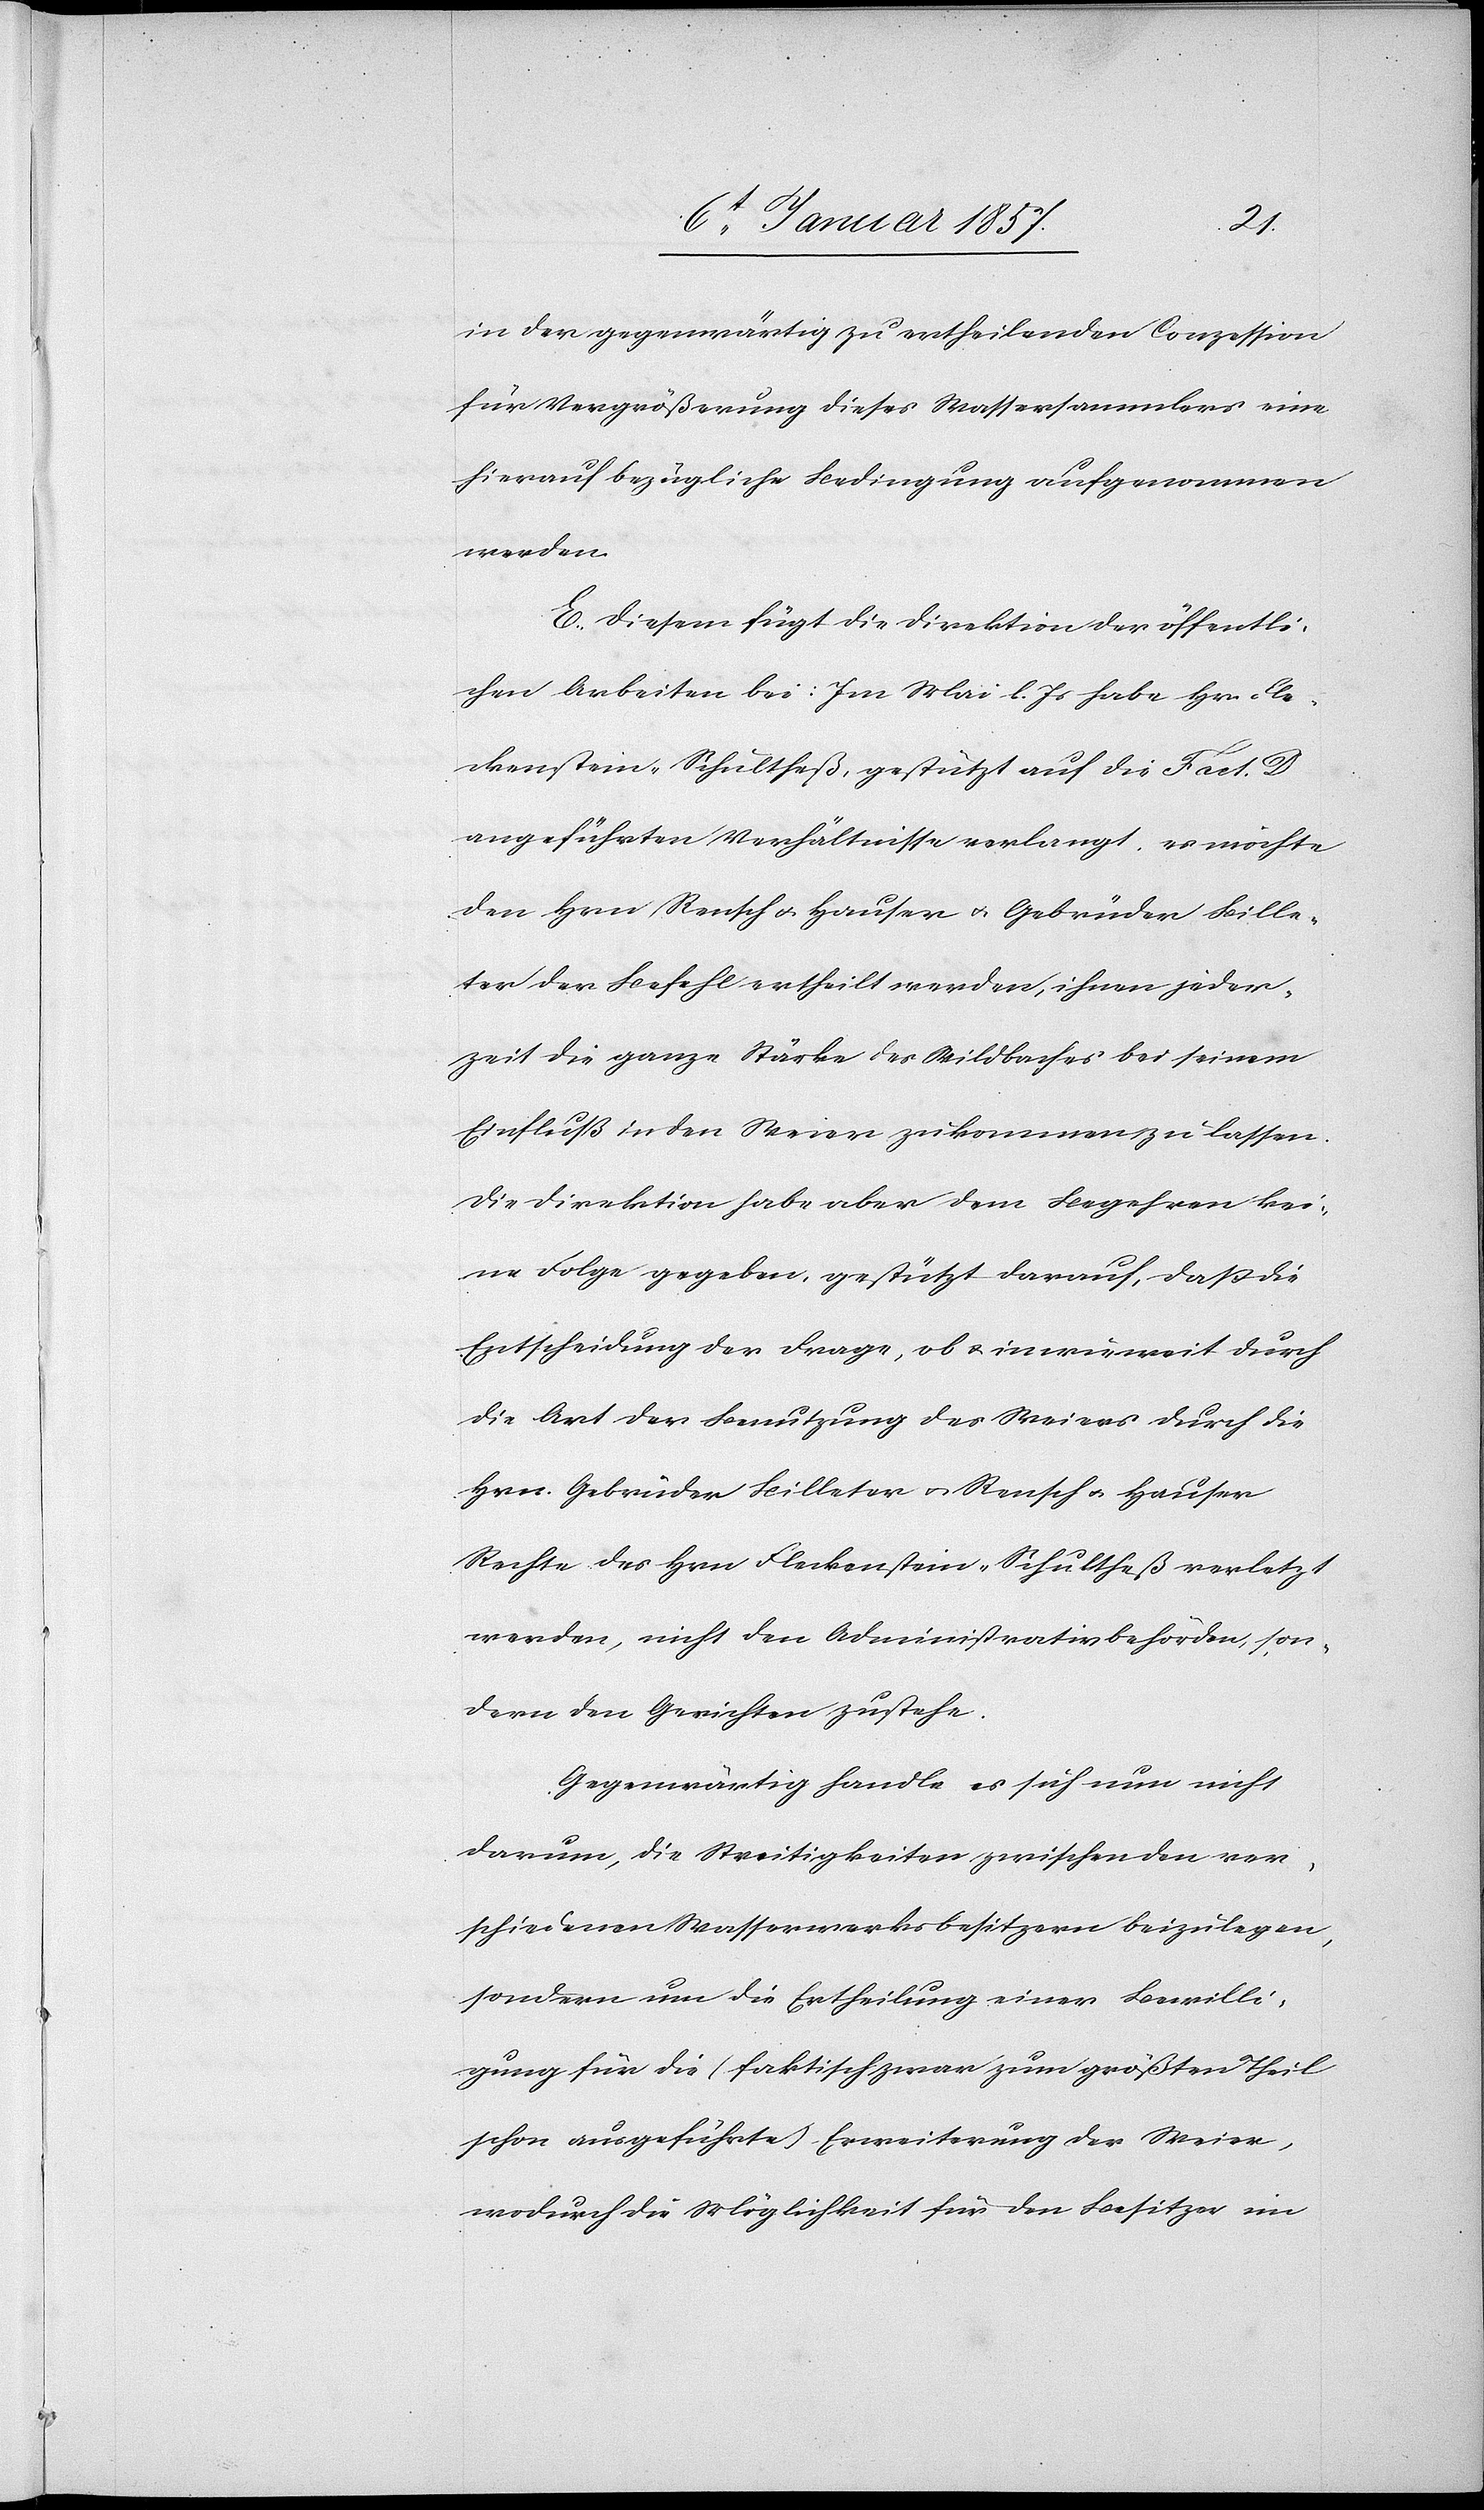
in der gegenwärtig zu ertheilenden Conzession
für Vergrößerung dieses Wassersammlers eine
hierauf bezügliche Bedingung aufgenommen
werden.
E. Diesem fügt die Direktion der öffentli¬
chen Arbeiten bei: Im Mai l. Js habe Hr. Fle¬
ckenstein-Schulthess, gestützt auf die Fact. D
angeführten Verhältnisse verlangt es möchte
den Hrn Rensch u. Hauser u. Gebrüder Bille¬
ter der Befehl ertheilt werden, ihnen jeder¬
zeit die ganze Stärke des Wildbaches bei seinem
Einfluß in den Weier zukommen zu lassen.
Die Direktion habe aber dem Begehren kei¬
ne Folge gegeben, gestützt darauf, daß die
Entscheidung der Frage, ob u. in wieweit durch
die Art der Benutzung des Weiers durch die
Hrn. Gebrüder Billeter u. Rensch u. Hauser
Rechte des Hrn Fleckenstein-Schultheß verletzt
werden, nicht den Administrativbehörden, son¬
dern den Gerichten zustehe.
Gegenwärtig handle es sich nun nicht
darum, die Streitigkeiten zwischen den ver¬
schiedenen Wasserwerksbesitzern beizulegen,
sondern um die Ertheilung einer Bewilli¬
gung für die (faktisch zwar zum größten Theil
schon ausgeführte) Erweiterung der Weier,
wodurch die Möglichkeit für den Besitzer im